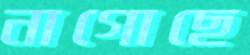
নাগোছে